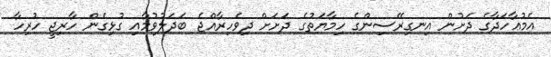
އެމުޢާހަދާގެ ދަށުން އިނގިރޭސިންގެ ހިމާޔަތުގެ ދަށަށް ދިވެހިރާއްޖެ ބަދަލުވުމާއި ގުޅިގެން ހާރިޖީ ހުރިހާ